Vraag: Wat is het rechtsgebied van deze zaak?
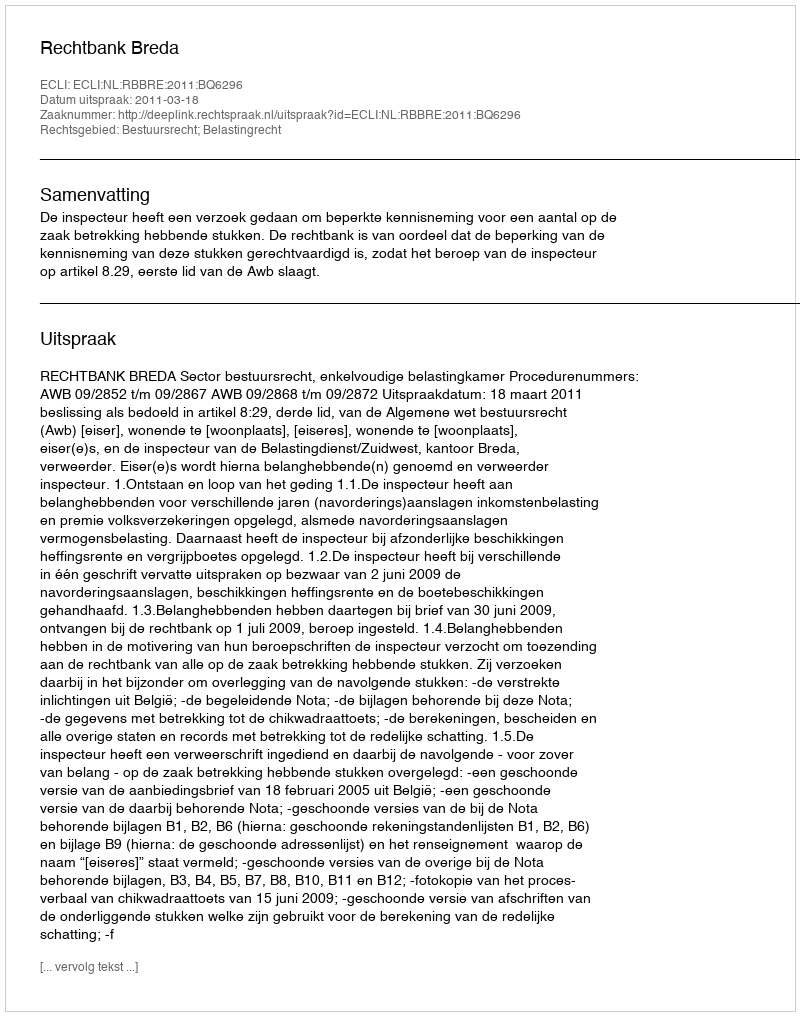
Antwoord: Bestuursrecht; Belastingrecht